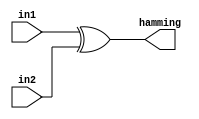
`timescale 1ns/1ps

module hamming(
  input [15:0] in1,
  input [15:0] in2,
  output [15:0] hamming
);

  // Perform bitwise XOR of each bit
  assign hamming = in1 ^ in2;

endmodule